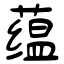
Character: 蕴